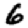
Digit: 6